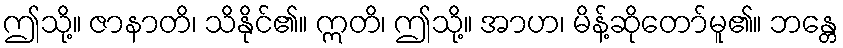
ဤသို့။ ဇာနာတိ၊ သိနိုင်၏။ ဣတိ၊ ဤသို့။ အာဟ၊ မိန့်ဆိုတော်မူ၏။ ဘန္တေ